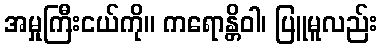
အမှုကြီးငယ်ကို။ ကရောန္တိဝါ၊ ပြူမူလည်း